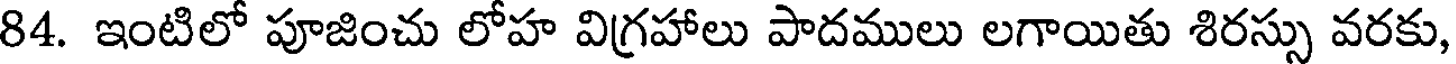
84. ఇంటిలో పూజించు లోహ విగ్రహాలు పాదములు లగాయితు శిరస్సు వరకు,